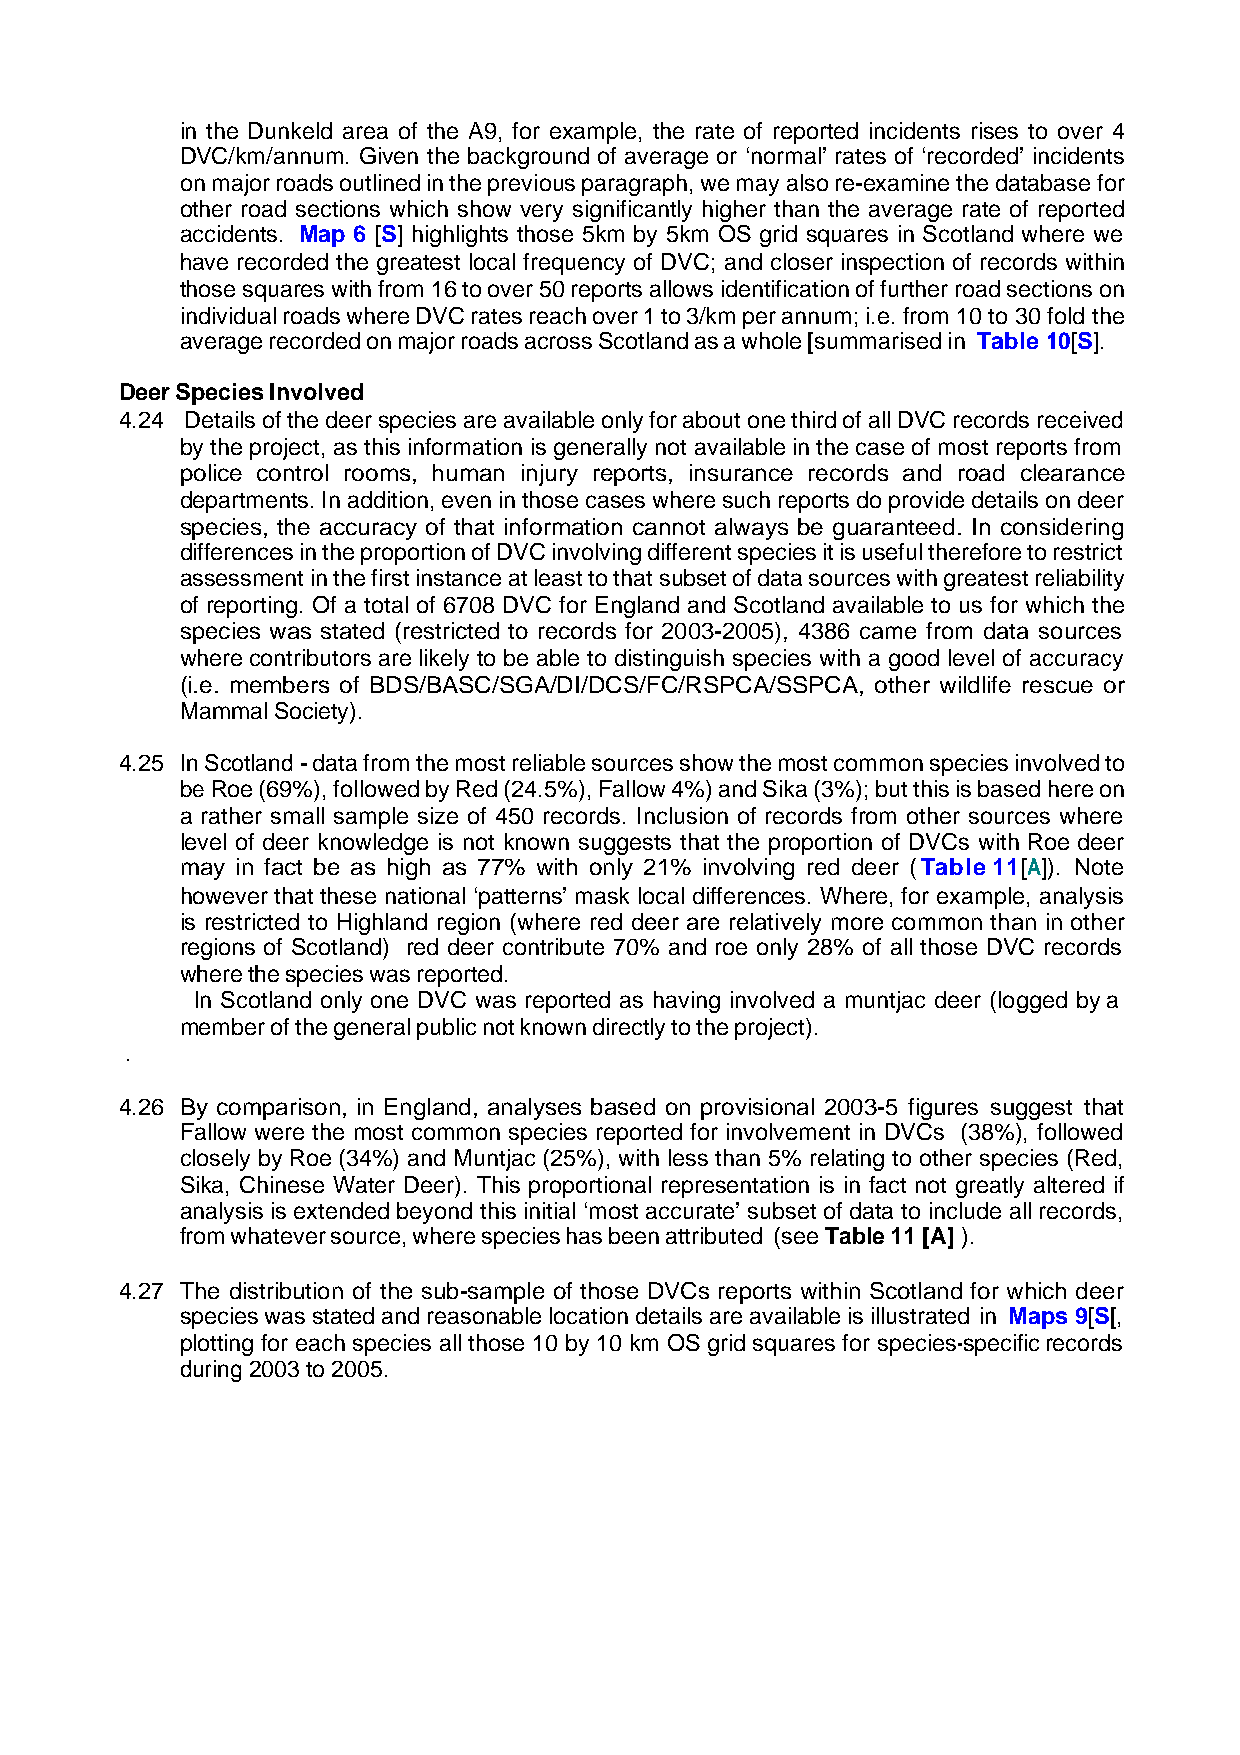
in the Dunkeld area of the A9, for example, the rate of reported incidents rises to over 4
 DVC/km/annum. Given the background of average or ‘normal’ rates of ‘recorded’ incidents
 on major roads outlined in the previous paragraph, we may also re-examine the database for
 other road sections which show very significantly higher than the average rate of reported
 accidents. Map 6 [S] highlights those 5km by 5km OS grid squares in Scotland where we
 have recorded the greatest local frequency of DVC; and closer inspection of records within
 those squares with from 16 to over 50 reports allows identification of further road sections on
 individual roads where DVC rates reach over 1 to 3/km per annum; i.e. from 10 to 30 fold the
 average recorded on major roads across Scotland as a whole [summarised in Table 10[S].
 Deer Species Involved
 4.24 Details of the deer species are available only for about one third of all DVC records received
 by the project, as this information is generally not available in the case of most reports from
 police control rooms, human injury reports, insurance records and road clearance
 departments. In addition, even in those cases where such reports do provide details on deer
 species, the accuracy of that information cannot always be guaranteed. In considering
 differences in the proportion of DVC involving different species it is useful therefore to restrict
 assessment in the first instance at least to that subset of data sources with greatest reliability
 of reporting. Of a total of 6708 DVC for England and Scotland available to us for which the
 species was stated (restricted to records for 2003-2005), 4386 came from data sources
 where contributors are likely to be able to distinguish species with a good level of accuracy
 (i.e. members of BDS/BASC/SGA/DI/DCS/FC/RSPCA/SSPCA, other wildlife rescue or
 Mammal Society).
 4.25 In Scotland - data from the most reliable sources show the most common species involved to
 be Roe (69%), followed by Red (24.5%), Fallow 4%) and Sika (3%); but this is based here on
 a rather small sample size of 450 records. Inclusion of records from other sources where
 level of deer knowledge is not known suggests that the proportion of DVCs with Roe deer
 may in fact be as high as 77% with only 21% involving red deer (Table 11[A]). Note
 however that these national ‘patterns’ mask local differences. Where, for example, analysis
 is restricted to Highland region (where red deer are relatively more common than in other
 regions of Scotland) red deer contribute 70% and roe only 28% of all those DVC records
 where the species was reported.
 In Scotland only one DVC was reported as having involved a muntjac deer (logged by a
 member of the general public not known directly to the project).
 .
 4.26 By comparison, in England, analyses based on provisional 2003-5 figures suggest that
 Fallow were the most common species reported for involvement in DVCs (38%), followed
 closely by Roe (34%) and Muntjac (25%), with less than 5% relating to other species (Red,
 Sika, Chinese Water Deer). This proportional representation is in fact not greatly altered if
 analysis is extended beyond this initial ‘most accurate’ subset of data to include all records,
 from whatever source, where species has been attributed (see Table 11 [A] ).
 4.27 The distribution of the sub-sample of those DVCs reports within Scotland for which deer
 species was stated and reasonable location details are available is illustrated in Maps 9[S[,
 plotting for each species all those 10 by 10 km OS grid squares for species-specific records
 during 2003 to 2005.